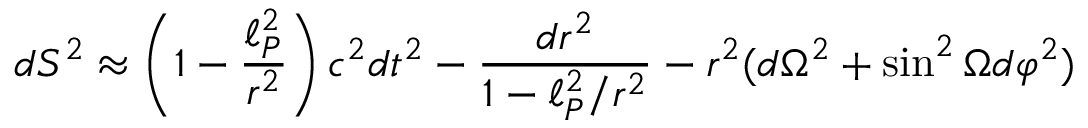
d S ^ { 2 } \approx \left( 1 - { \frac { \ell _ { P } ^ { 2 } } { r ^ { 2 } } } \right) c ^ { 2 } d t ^ { 2 } - { \frac { d r ^ { 2 } } { 1 - { \ell _ { P } ^ { 2 } } / { r ^ { 2 } } } } - r ^ { 2 } ( d \Omega ^ { 2 } + \sin ^ { 2 } \Omega d \varphi ^ { 2 } )